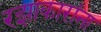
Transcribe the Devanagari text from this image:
रझाकारांना